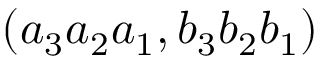
( a _ { 3 } a _ { 2 } a _ { 1 } , b _ { 3 } b _ { 2 } b _ { 1 } )